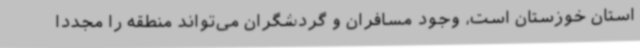
استان خوزستان است، وجود مسافران و گردشگران می‌تواند منطقه را مجددا